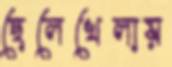
ছেলেখেলায়